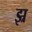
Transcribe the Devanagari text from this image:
झ्र